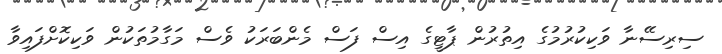
ސިރިސޭނާ ވަކިކުރުމުގެ އިތުރުން ޕާޓީގެ އިސް ފަސް މެންބަރަކު ވެސް މަގާމުތަކުން ވަކިކޮށްފައިވާ